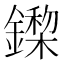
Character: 𨬏